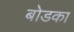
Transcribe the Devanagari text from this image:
बोडका